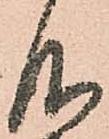
仰